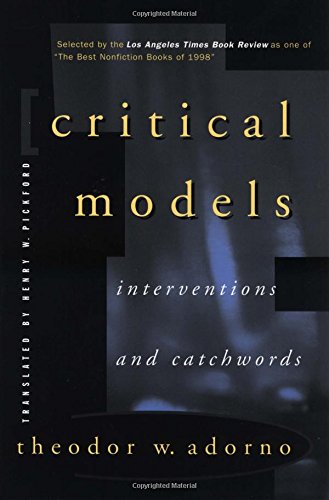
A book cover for Critical Models; Theodor W. Adorno; Politics & Social Sciences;